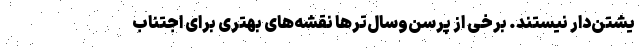
یشتن‌دار نیستند. برخی از پرسن‌وسال‌ترها نقشه‌های بهتری برای اجتناب